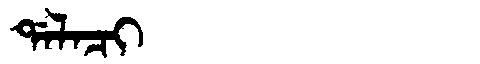
Manchu: ᡩᠠᠯᠠᠴᡳ
Romanization: DALACI